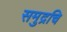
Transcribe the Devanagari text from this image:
समुद्रचि